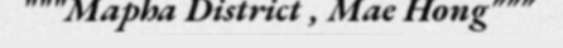
"""Mapha District , Mae Hong"""